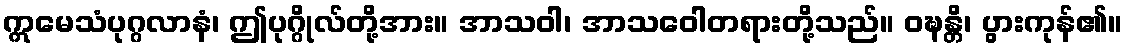
ဣမေသံပုဂ္ဂလာနံ၊ ဤပုဂ္ဂိုလ်တို့အား။ အာသဝါ၊ အာသဝေါတရားတို့သည်။ ဝဍ္ဎန္တိ၊ ပွားကုန်၏။